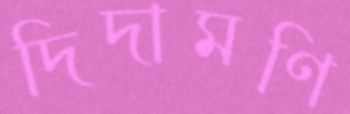
দিদামণি